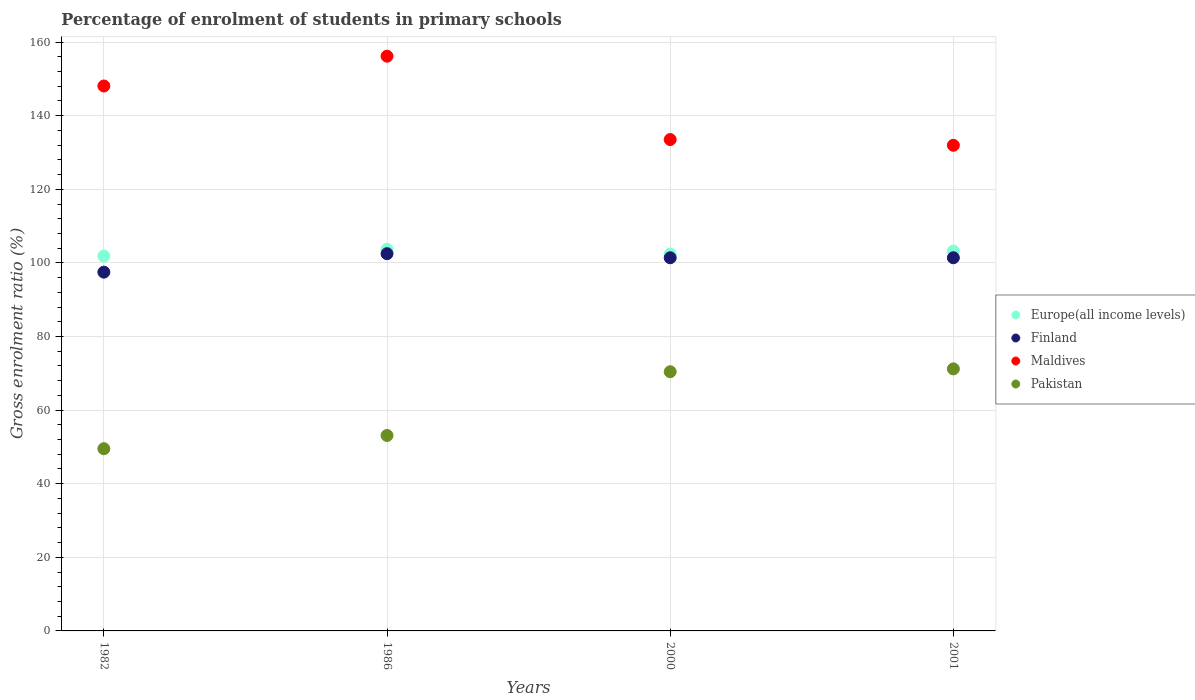
| Years | Europe(all income levels) | Finland | Maldives | Pakistan |
 | --- | --- | --- | --- | --- |
 | 1982 | 102 | 97.5 | 148 | 49.5 |
 | 1986 | 104 | 103 | 156 | 53.1 |
 | 2000 | 102 | 101 | 134 | 70.4 |
 | 2001 | 103 | 101 | 132 | 71.2 |